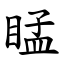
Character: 䁅